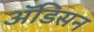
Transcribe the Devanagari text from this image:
ॲडिसन